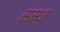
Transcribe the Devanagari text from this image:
संस्धा